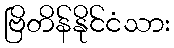
ဗြိတိန်နိုင်ငံသား